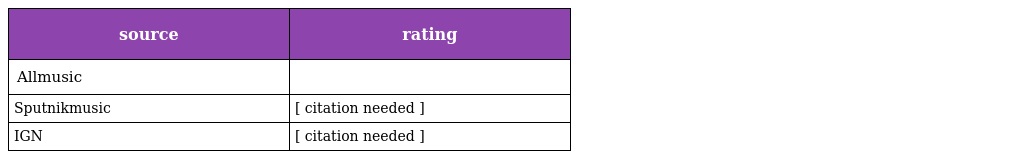
| source | rating |
 | --- | --- |
 | Allmusic |  |
 | Sputnikmusic | [ citation needed ] |
 | IGN | [ citation needed ] |